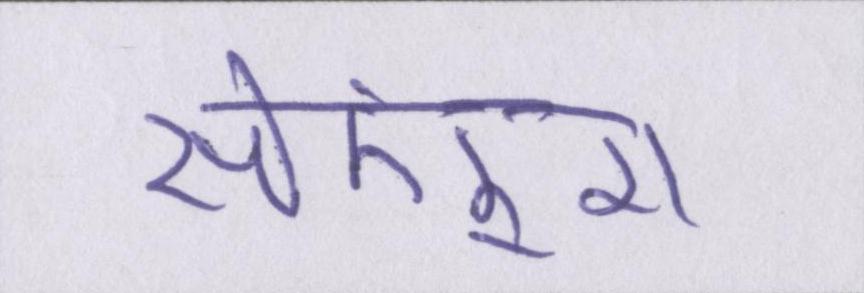
सेकंड्स